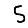
Digit: 5